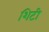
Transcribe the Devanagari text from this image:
शिटी